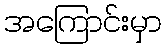
အကြောင်းမှာ